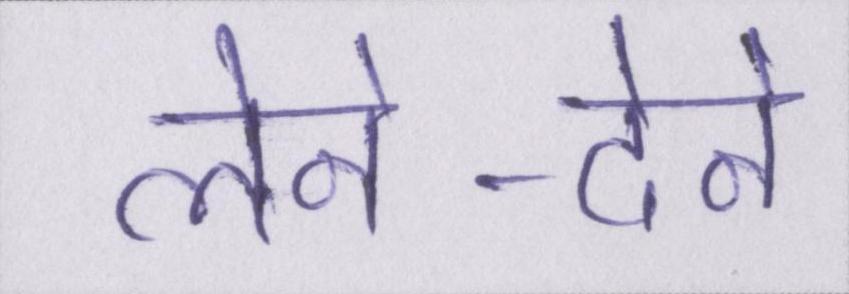
लेने-देने